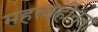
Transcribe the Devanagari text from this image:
महत्त्वहीनता